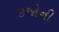
૩જોની